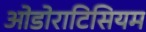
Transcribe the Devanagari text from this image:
ओडोराटिसियम